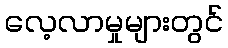
လေ့လာမှုများတွင်